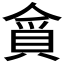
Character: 𮚃